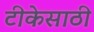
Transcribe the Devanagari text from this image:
टीकेसाठी